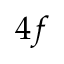
4 f